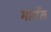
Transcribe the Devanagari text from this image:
मार्नेल